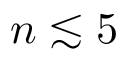
n \lesssim 5